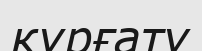
кұрғату